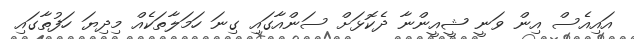
އަައިއެސް އިން ވަނީ ޝީއީންނާ ދެކޮޅަށް ސަންއާގައި ގިނަ ހަމަލާތަކެއް މިދިޔަ ހަފުތާގައި